Lunatic asylums Madras 1877-1891 - 1877-1891
Year: 1877
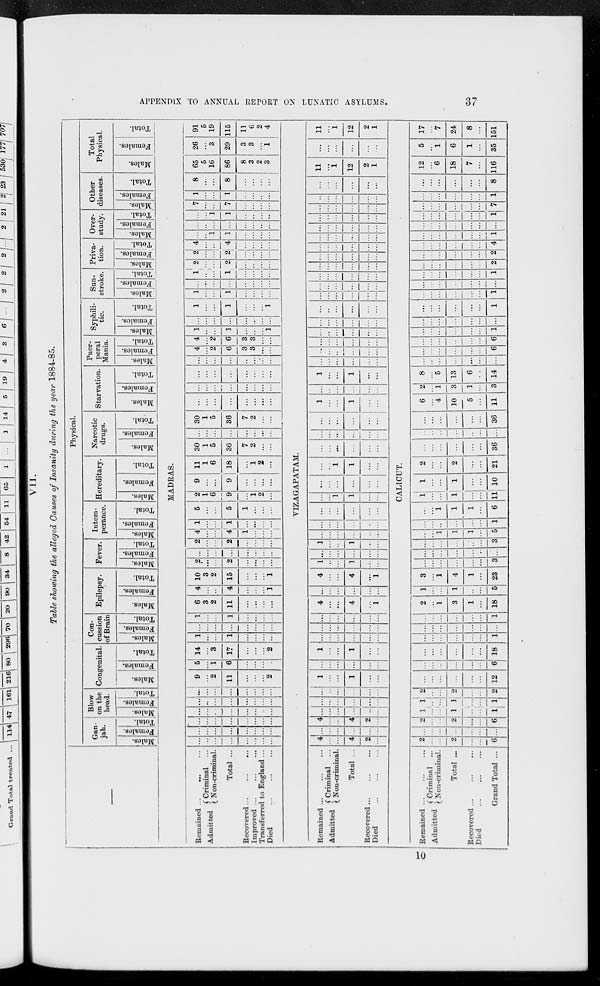
APPENDIX TO ANNUAL REPORT ON LUNATIC ASYLUMS.
37
VII.
Table showing the alleged Causes of Insanity during the year 1884-85.
Remained ... ... ...
Admitted
Criminal ...
Non-criminal.
Total ...
Recovered ... ... ...
Improved ... ... ...
Transferred to England ...
Died ... ... ...
Remained
...
...
...
Admitted
Criminal ...
Non-criminal.
Total ...
Recovered
...
...
...
Died ... ... ...
Remained ... ... ...
Admitted Criminal ...
Non-criminal.
Total ...
Recovered ...
...
...
Died ... ... ...
Grand Total ...
Physical.
Gan-
jah.
Males.
Females.
Total.
Blow
on the
head.
Males.
Females.
Total.
Congenital.
Males.
Females.
Total.
Con-
cussion
of Brain
Males.
Females.
Total.
Epilepsy.
Males.
Females.
Total.
Fever.
Males.
Females.
Total.
Intem-
perance.
Males.
Females.
Total.
Hereditary.
Males.
Females.
Total.
Narcotic
drugs.
Males.
Females.
Total.
Starvation.
Males.
Females.
Total.
Puer-
peral
Mania.
Males.
Females.
Total.
Syphili-
tic.
Males.
Females.
Total.
Sun-
stroke.
Males.
Females.
Total.
Priva-
tion.
Males.
Females.
Total.
Over-
study.
Males.
Females.
Total.
Other
diseases.
Males.
Females.
Total.
Total
Physical.
Males.
Females.
Total.
MADRAS.
...
...
...
...
...
...
...
...
...
...
...
...
...
...
...
...
...
...
...
...
...
...
...
...
...
...
...
...
...
...
...
...
...
...
...
...
...
...
...
...
...
...
...
...
...
...
...
...
9
...
2
11
...
...
...
2
5
...
1
6
...
...
...
...
14
...
3
17
...
...
...
2
1
...
...
1
...
...
...
...
...
...
...
...
...
...
...
...
1
...
...
1
...
...
...
...
6
3
2
11
...
...
...
...
4
...
...
4
...
...
...
1
10
3
2
15
...
...
...
1
2
...
...
2
...
...
...
...
...
...
...
...
...
...
...
...
2
...
...
2
...
...
...
...
4
...
...
4
1
...
...
...
1
...
...
1
...
...
...
...
5
...
...
5
1
...
...
...
2
1
6
9
...
1
2
...
9
...
...
9
...
...
...
...
11
1
6
18
...
1
2
...
30
1
5
36
7
2
...
...
...
...
...
...
...
...
...
...
30
1
5
36
7
2
...
...
...
...
...
...
...
...
...
...
...
...
...
...
...
...
...
...
...
...
...
...
...
...
...
...
...
...
...
...
...
...
...
...
4
...
2
6
3
3
...
...
4
...
2
6
3
3
...
...
1
...
...
1
...
...
...
1
...
...
...
...
...
...
...
...
1
...
...
1
...
...
...
1
1
...
...
1
...
...
...
...
...
...
...
...
...
...
...
...
1
...
...
1
...
...
...
...
2
...
...
2
...
...
...
...
2
...
...
2
...
...
...
...
4
...
...
4
...
...
...
...
...
...
1
1
...
...
...
...
...
...
...
...
...
...
...
...
...
...
1
1
...
...
...
...
7
...
...
7
...
...
...
...
1
...
...
1
...
...
...
...
8
...
...
8
...
...
...
...
65
5
16
86
8
3
2
3
26
...
3
29
3
3
...
1
91
5
19
115
11
6
2
4
VIZAGAPATAM.
4
...
...
4
2
...
...
...
...
...
...
...
4
...
...
4
2
...
...
...
...
...
...
...
...
...
...
...
...
...
...
...
...
...
...
...
1
...
...
1
...
...
...
...
...
...
...
...
1
...
...
1
...
...
...
...
...
...
...
...
...
...
...
...
...
...
...
...
...
...
...
...
4
...
...
4
...
1
...
...
...
...
...
...
4
...
...
4
...
1
1
...
...
1
...
...
...
...
...
...
...
...
1
...
...
1
...
...
...
...
...
...
...
...
...
...
...
...
...
...
...
...
...
...
...
...
...
...
1
1
...
...
...
...
...
...
...
...
...
...
1
1
...
...
...
...
...
...
...
...
...
...
...
...
...
...
...
...
...
...
...
...
1
...
...
1
...
...
...
...
...
...
...
...
1
...
...
1
...
...
...
...
...
...
...
...
...
...
...
...
...
...
...
...
...
...
...
...
...
...
...
...
...
...
...
...
...
...
...
...
...
...
...
...
...
...
...
...
...
...
...
...
...
...
...
...
...
...
...
...
...
...
...
...
...
...
...
...
...
...
...
...
...
...
...
...
...
...
...
...
...
...
...
...
...
...
...
...
...
...
...
...
...
...
...
...
...
...
...
...
...
...
...
...
...
...
...
...
...
...
...
...
...
...
...
...
...
...
11
...
1
12
2
1
...
...
...
...
...
...
11
...
1
12
2
1
CALICUT.
2
...
...
2
...
...
6
...
...
...
...
...
...
...
2
...
...
2
...
...
6
1
...
...
1
...
...
1
1
...
...
1
...
...
1
2
...
...
2
...
...
2
...
...
...
...
...
...
12
...
...
...
...
...
...
6
...
...
...
...
...
...
18
...
...
...
...
...
...
1
...
...
...
...
...
...
...
...
...
...
...
...
...
1
2
...
1
3
1
...
18
1
...
...
1
...
...
5
3
...
1
4
1
...
23
...
...
...
...
...
...
3
...
...
...
...
...
...
...
...
...
...
...
...
...
3
...
...
1
1
1
...
5
...
...
...
...
...
...
1
...
...
1
1
1
...
6
1
...
...
1
...
...
11
1
...
...
1
...
...
10
2
...
...
2
...
...
21
...
...
...
...
...
...
36
...
...
...
...
...
...
...
...
...
...
...
...
...
36
6
...
4
10
5
...
11
2
...
1
3
1
...
3
8
...
5
13
6
...
14
...
...
...
...
...
...
...
...
...
...
...
...
...
6
...
...
...
...
...
...
6
...
...
...
...
...
...
1
...
...
...
...
...
...
...
...
...
...
...
...
...
1
...
...
...
...
...
...
1
...
...
...
...
...
...
...
...
...
...
...
...
...
1
...
...
...
...
...
...
2
...
...
...
...
...
...
2
...
...
...
...
...
...
4
...
...
...
...
...
...
1
...
...
...
...
...
...
...
...
...
...
...
...
...
1
...
...
...
...
...
...
7
...
...
...
...
...
...
1
...
...
...
...
...
...
8
12
...
6
18
7
...
116
5
...
1
6
1
...
35
17
...
7
24
8
...
151
10